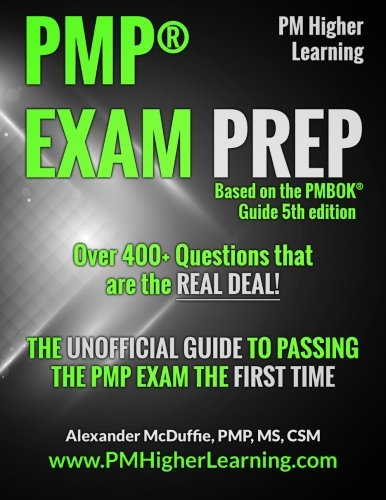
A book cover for PMPÂ® Exam Prep: The Unofficial Guide to Passing the PMP Exam the First Time; Alexander R McDuffie; Test Preparation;